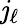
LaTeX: \mathit{j}_{\ell}